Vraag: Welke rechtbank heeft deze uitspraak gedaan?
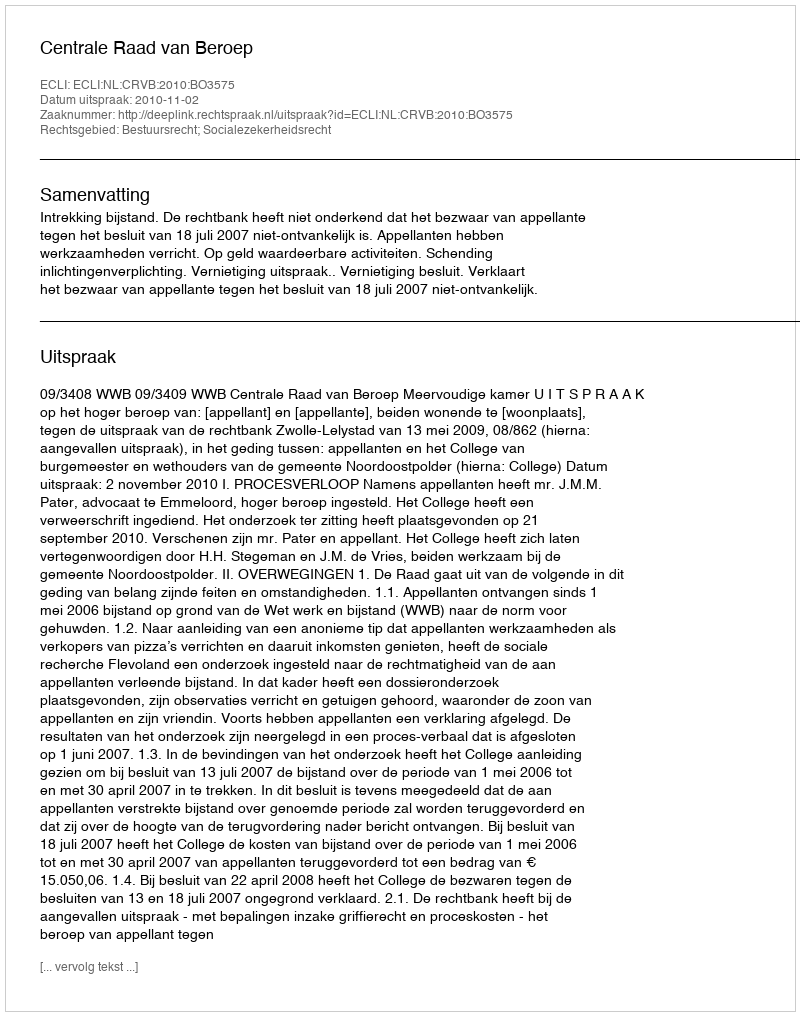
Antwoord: Centrale Raad van Beroep